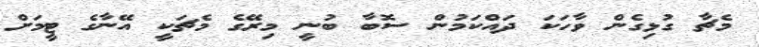
މެޗާ ގުޅިގެން ވާހަކަ ދައްކަމުން ސޮބާ ބުނީ މިރޭގެ މެޗަކީ އޭނާގެ ޓީމަށް